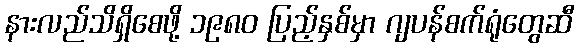
နားလည်သိရှိစေဖို့ ၁၉၈၀ ပြည့်နှစ်မှာ ဂျပန်စက်ရုံတွေဆီ